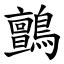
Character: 鸇